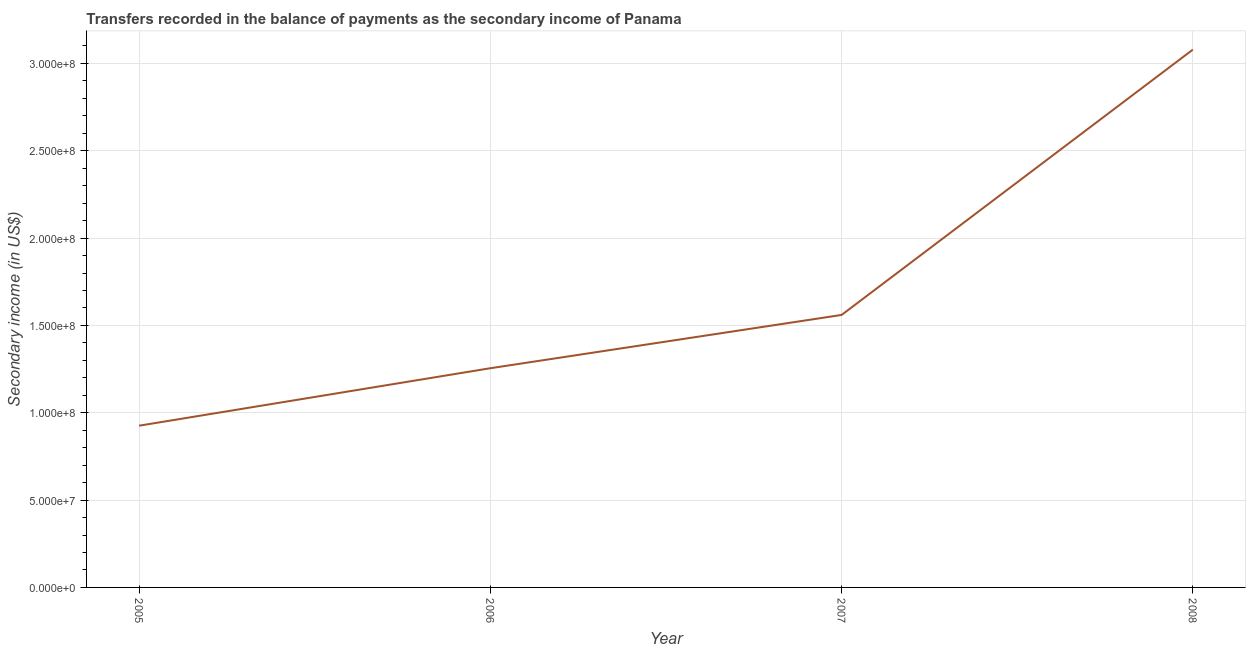
| Year | Secondary income |
 | --- | --- |
 | 2005 | 9.26e+07 |
 | 2006 | 1.26e+08 |
 | 2007 | 1.56e+08 |
 | 2008 | 3.08e+08 |